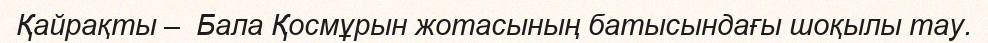
Қайрақты –  Бала Қосмұрын жотасының батысындағы шоқылы тау.